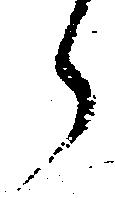
ら